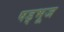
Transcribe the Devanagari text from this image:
षड्भूज